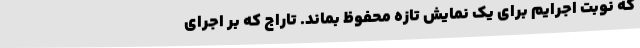
که نوبت اجرایم برای یک نمایش تازه محفوظ بماند. تاراج که بر اجرای